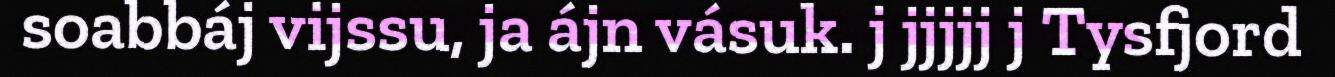
soabbáj vijssu, ja ájn vásuk. j jjjjj j Tysfjord